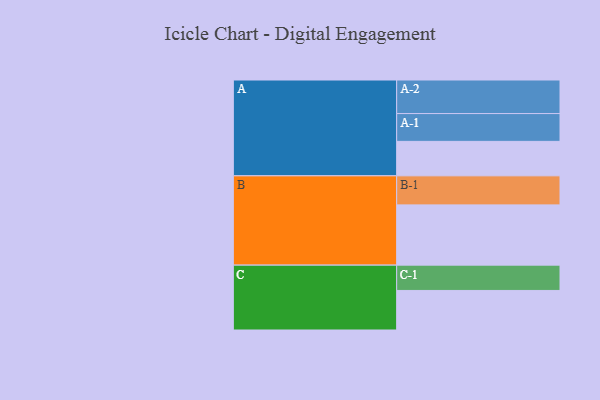
{"axis": {"x": "Segment", "y": "Value"}, "legend": ["", "A", "B", "C"], "data": [{"x": "A", "y": 305, "type": ""}, {"x": "B", "y": 533, "type": ""}, {"x": "C", "y": 350, "type": ""}, {"x": "A-1", "y": 246, "type": "A"}, {"x": "A-2", "y": 297, "type": "A"}, {"x": "B-1", "y": 257, "type": "B"}, {"x": "C-1", "y": 224, "type": "C"}]}